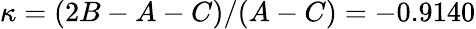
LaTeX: \kappa=(2B-A-C)/(A-C)=-0.9140